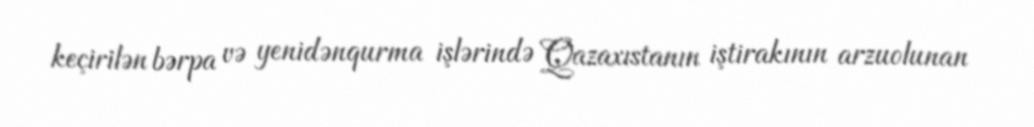
keçirilən bərpa və yenidənqurma işlərində Qazaxıstanın iştirakının arzuolunan